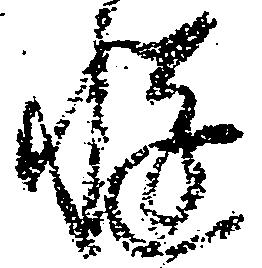
慥